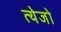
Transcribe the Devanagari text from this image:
त्येजो